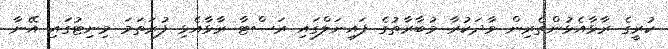
ކުރީގެ ރާޅާއެޅުންތެރިން ވާދަކުރާ މުބާރާތުގެ ފައިނަލްގައި ރަސްޓާ ރާޅާއެޅި ފުރަތަމަ މިނިޓުގައި އޭނާ